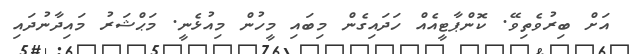
އަށް ބިރުވެތިވޭ. ކޮންޕާޓީއެއް ހަދައިގެން މިބައި މީހުން މިއުޅެނީ. މަޙްޝަރު މައިދާނުދައި